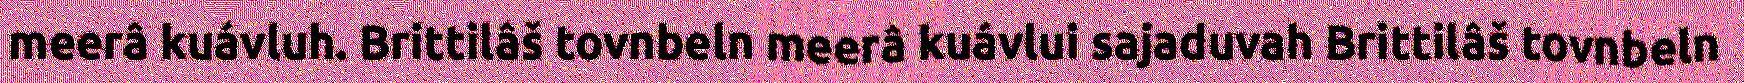
meerâ kuávluh. Brittilâš tovnbeln meerâ kuávlui sajaduvah Brittilâš tovnbeln